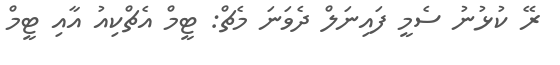
ރޭ ކުޅުނު ސެމީ ފައިނަލް ދެވަނަ މެޗް: ޓީމް އެޗްކިއު އާއި ޓީމް